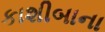
કાશીબાના